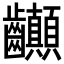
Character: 𪚉